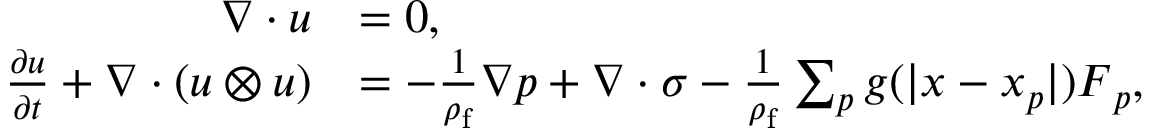
\begin{array} { r l } { \nabla \cdot \boldsymbol { u } } & { = 0 , } \\ { \frac { \partial \boldsymbol { u } } { \partial t } + \nabla \cdot ( \boldsymbol { u } \otimes \boldsymbol { u } ) } & { = - \frac { 1 } { \rho _ { \mathrm { f } } } \nabla p + \nabla \cdot \boldsymbol { \sigma } - \frac { 1 } { \rho _ { \mathrm { f } } } \sum _ { p } g ( | \boldsymbol { x } - \boldsymbol { x } _ { p } | ) \boldsymbol { F } _ { p } , } \end{array}